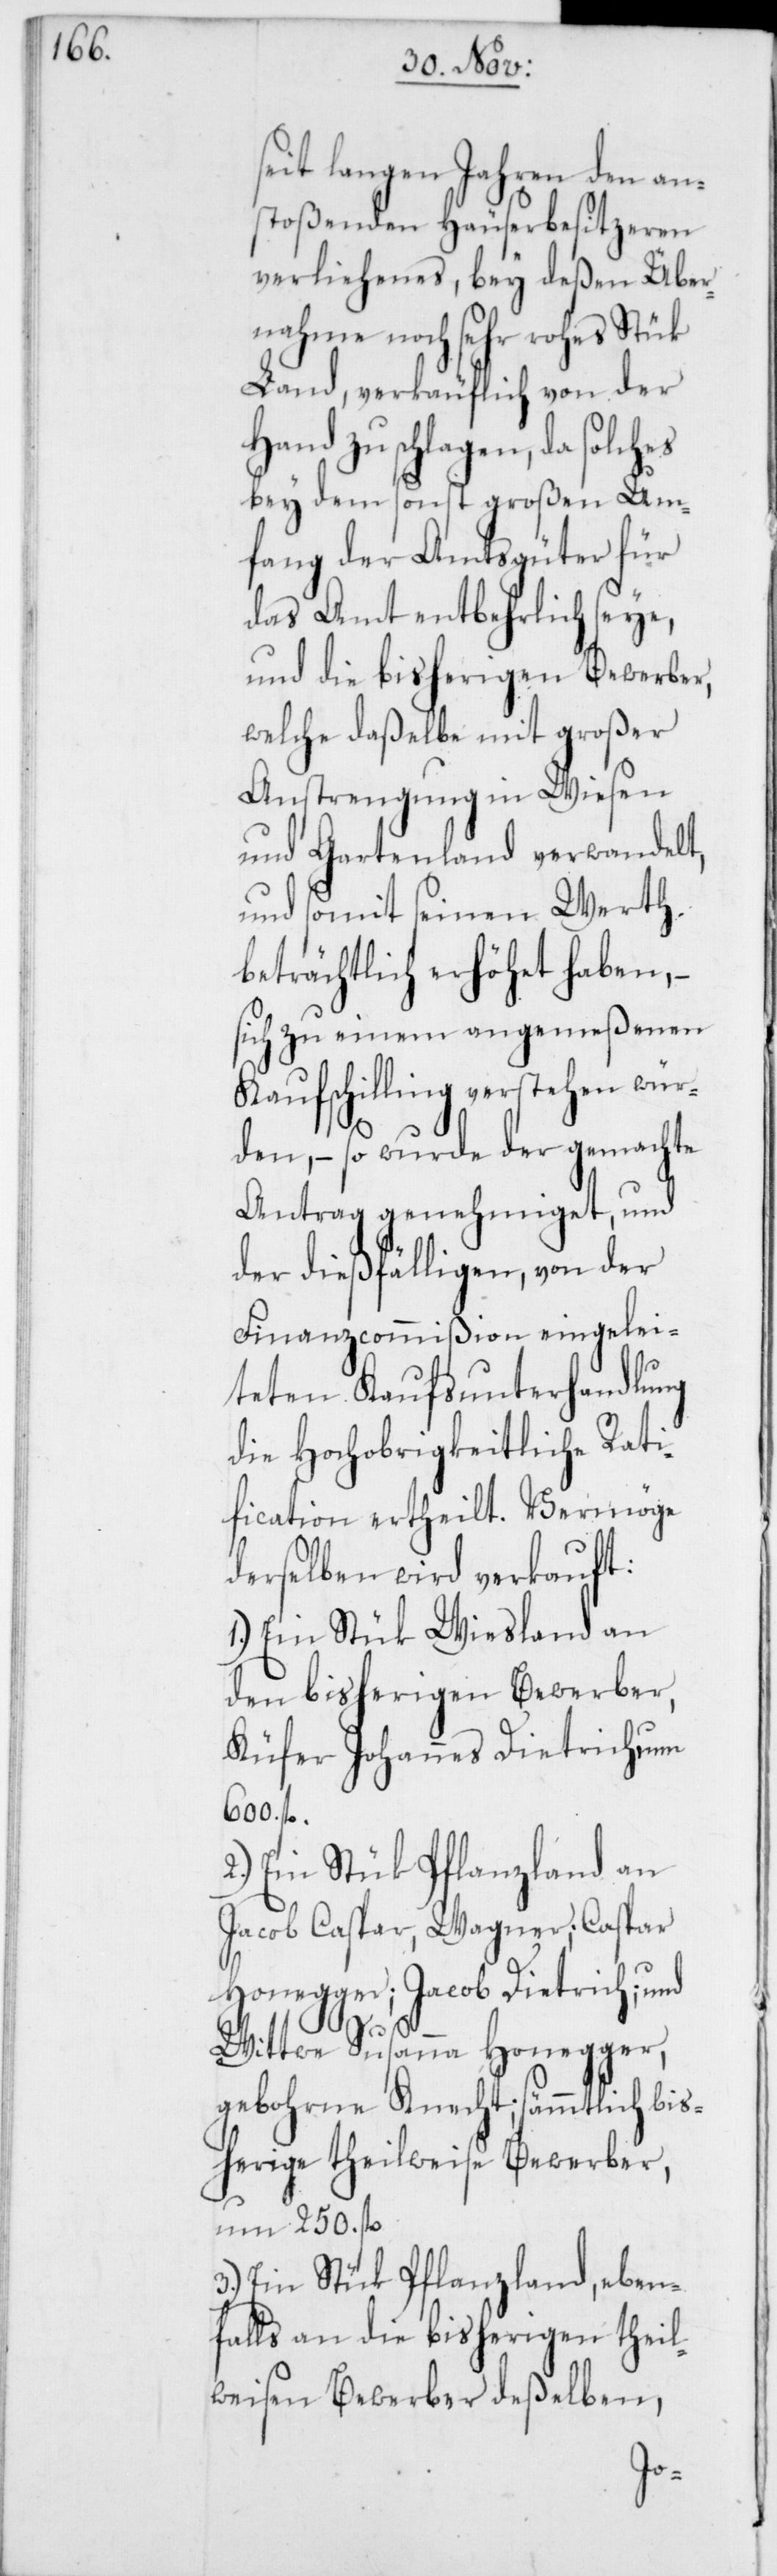
eit langen Jahren den an¬
stoßenden Häuserbesitzeren
verliehenes, bey deßen Über¬
nahme noch sehr rohes Stük
Land, verkäuflich von der
Hand zu schlagen, da solch¬
bey dem sonst großen Um¬
fang der Amtsgüter für
das Amt entbehrlich seye,
und die bisherigen Bewerber,
welche daßelbe mit großer
Anstrengung in Wiesen
und Gartenland verwandelt,
und somit seinen Werth
beträchtlich erhöhet haben, –
sich zu einem angemeßenen
Kaufschilling verstehen wür¬
den, – so wurde der gemachte
Antrag genehmiget, und
der dießfälligen, von der
Finanzcommißion eingelei¬
teten Kaufsunterhandlung
die Hochobrigkeitliche Rati¬
fication ertheilt. Vermöge
derselben wird verkauft:
1.) Ein Stük Wiesland an
den bisherigen Bewerber,
Küfer Johannes Dietrich, um
600. fl.
2.) Ein Stük Pflanzland an
Jacob Caspar, Wagner; Caspar
Honegger; Jacob Dietrich; und
es
Wittwe Susanna Honegger,
gebohrne Knecht; sämmtlich bis¬
herige theilweise Bewerber,
um 250. fl.
3.) Ein Stük Pflanzland, eben¬
falls an die bisherigen theil¬
weisen Bewerber deßelben,
s¬